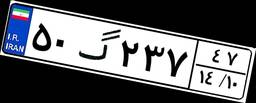
۵۰گ۲۳۷۴۷